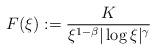
LaTeX: \begin{align*}F(\xi ) := \frac{K}{\xi ^{1-\beta} |\log \xi |^{\gamma}} \end{align*}